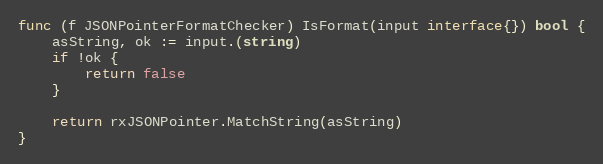
Language: Go
func (f JSONPointerFormatChecker) IsFormat(input interface{}) bool {
	asString, ok := input.(string)
	if !ok {
		return false
	}

	return rxJSONPointer.MatchString(asString)
}